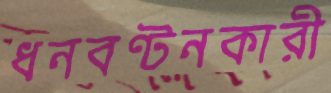
ধনবণ্টনকারী